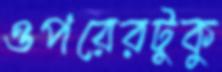
ওপরেরটুকু